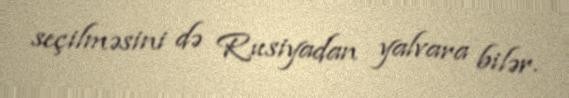
seçilməsini də Rusiyadan yalvara bilər.